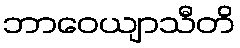
ဘာဝေယျာသီတိ